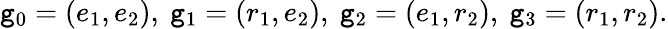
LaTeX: \mathtt{g}_{0}=(e_{1},e_{2}),\ \mathtt{g}_{1}=(r_{1},e_{2}),\ \mathtt{g}_{2}=(e_{1},r_{2}),\ \mathtt{g}_{3}=(r_{1},r_{2}).